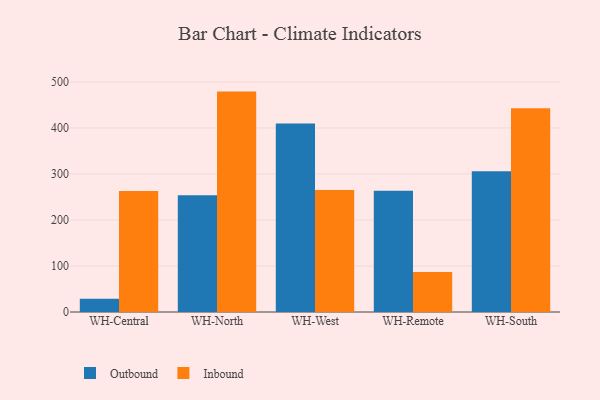
{"axis": {"x": "Warehouse", "y": "Operating Costs (USD K)"}, "legend": ["Inbound", "Outbound"], "data": [{"x": "WH-Central", "y": 28.7, "type": "Outbound"}, {"x": "WH-Central", "y": 263.2, "type": "Inbound"}, {"x": "WH-North", "y": 253.7, "type": "Outbound"}, {"x": "WH-North", "y": 479.1, "type": "Inbound"}, {"x": "WH-West", "y": 410.0, "type": "Outbound"}, {"x": "WH-West", "y": 265.1, "type": "Inbound"}, {"x": "WH-Remote", "y": 263.8, "type": "Outbound"}, {"x": "WH-Remote", "y": 87.2, "type": "Inbound"}, {"x": "WH-South", "y": 306.0, "type": "Outbound"}, {"x": "WH-South", "y": 442.7, "type": "Inbound"}]}